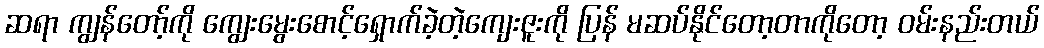
ဆရာ ကျွန်တော့်ကို ကျွေးမွေးစောင့်ရှောက်ခဲ့တဲ့ကျေးဇူးကို ပြန် မဆပ်နိုင်တော့တာကိုတော့ ဝမ်းနည်းတယ်